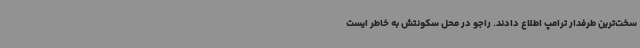
سخت‌ترین طرفدار ترامپ اطلاع دادند. راجو در محل سکونتش به خاطر ایست